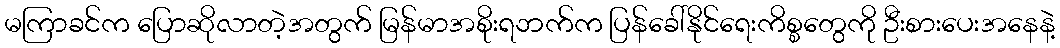
မကြာခင်က ပြောဆိုလာတဲ့အတွက် မြန်မာအစိုးရဘက်က ပြန်ခေါ်နိုင်ရေးကိစ္စတွေကို ဦးစားပေးအနေနဲ့